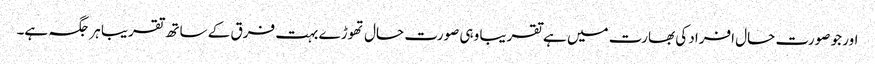
اور جو صورت حال افراد کی بھارت میں ہے تقریبا وہی صورت حال تھوڑے بہت فرق کے ساتھ تقریبا ہر جگہ ہے۔